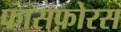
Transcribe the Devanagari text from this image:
फासफ़ोरस